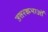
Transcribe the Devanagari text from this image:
उत्तरकथाओँ